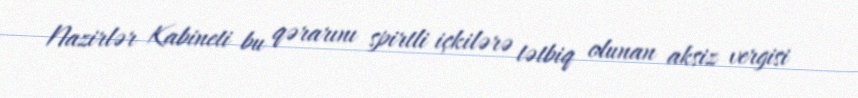
Nazirlər Kabineti bu qərarını spirtli içkilərə tətbiq olunan aksiz vergisi